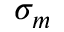
\sigma _ { m }